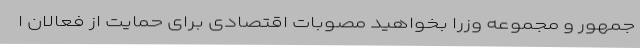
جمهور و مجموعه وزرا بخواهید مصوبات اقتصادی برای حمایت از فعالان ا